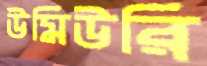
উমিউরি